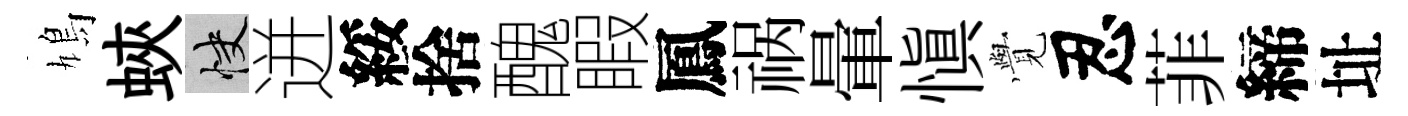
鳩蛺快迸綏捨醜睱鳳祸暈愼𮗜忍菲締址